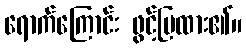
ရောက်ကြောင်း ဖွင့်ပြထား၏။